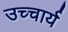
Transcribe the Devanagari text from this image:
उच्चार्य